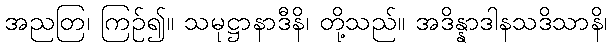
အညတြ၊ ကြဉ်၍။ သမုဋ္ဌာနာဒီနိ၊ တို့သည်။ အဒိန္နာဒါနသဒိသာနိ၊